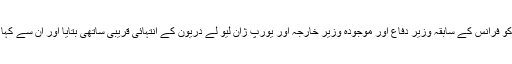
اس کے لیے انتہائی چالاک دھوکے بازوں نے خود کو فرانس کے سابقہ وزیرِ دفاع اور موجودہ وزیرِ خارجہ اور یورپ ژان لیو لے دریون کے انتہائی قریبی ساتھی بتایا اور ان سے کہا کہ وزیر خود آپ سے ویڈیو پر بات بھی کریں گے۔